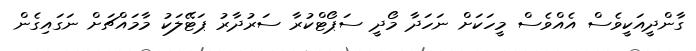
ގާންދީއަކީވެސް އެއްވެސް މީހަކަށް ނަހަދާ މޯދީ ސަޕޯޓްކުރާ ސަރުދާރު ޕަޓޭލަކު މާމައްޗަށް ނަގައިގެން